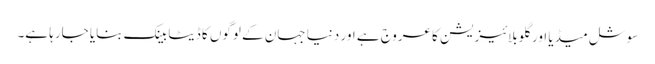
سوشل میڈیا اور گلوبلائیزیشن کا عروج ہے اور دنیا جہان کے لوگوں کا ڈیٹا بینک بنایا جارہا ہے۔